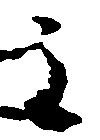
主